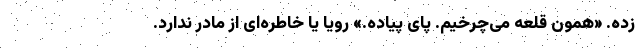
زده. «همون قلعه می‌چرخیم. پای پیاده.» رویا یا خاطره‌ای از مادر ندارد.